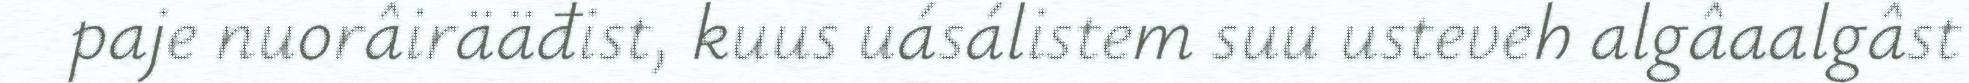
paje nuorâirääđist, kuus uásálistem suu usteveh algâaalgâst